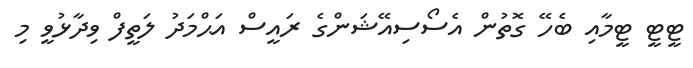
ޓީޓީ ޓީމާއި ބެހޭ ގޮތުން އެސޯސިއޭޝަންގެ ރައީސް އަޙްމަދު ލަތީފް ވިދާޅުވީ މި